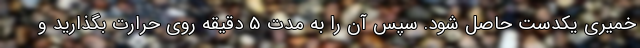
خمیری یکدست حاصل شود. سپس آن را به مدت 5 دقیقه روی حرارت بگذارید و